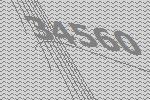
34560